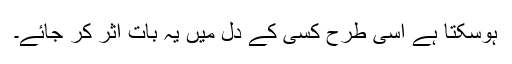
ہوسکتا ہے اِسی طرح کِسی کے دِل میں یہ بات اثر کر جائے۔